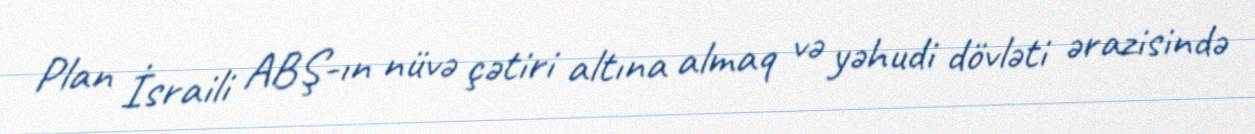
Plan İsraili ABŞ-ın nüvə çətiri altına almaq və yəhudi dövləti ərazisində